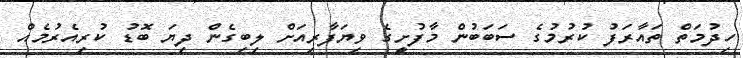
ހިދުމަތް ތައާރަފު ކުރުމުގެ ސަބަބުން މާފުށީގެ ވިޔަފާރިއަށް ލިބިގެން ދިޔަ ބޮޑު ކުރިއެރުމެއް